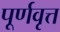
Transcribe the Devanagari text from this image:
पूर्णवृत्त